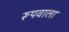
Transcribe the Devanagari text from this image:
रूपवाला